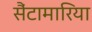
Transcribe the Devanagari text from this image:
सैंटामारिया